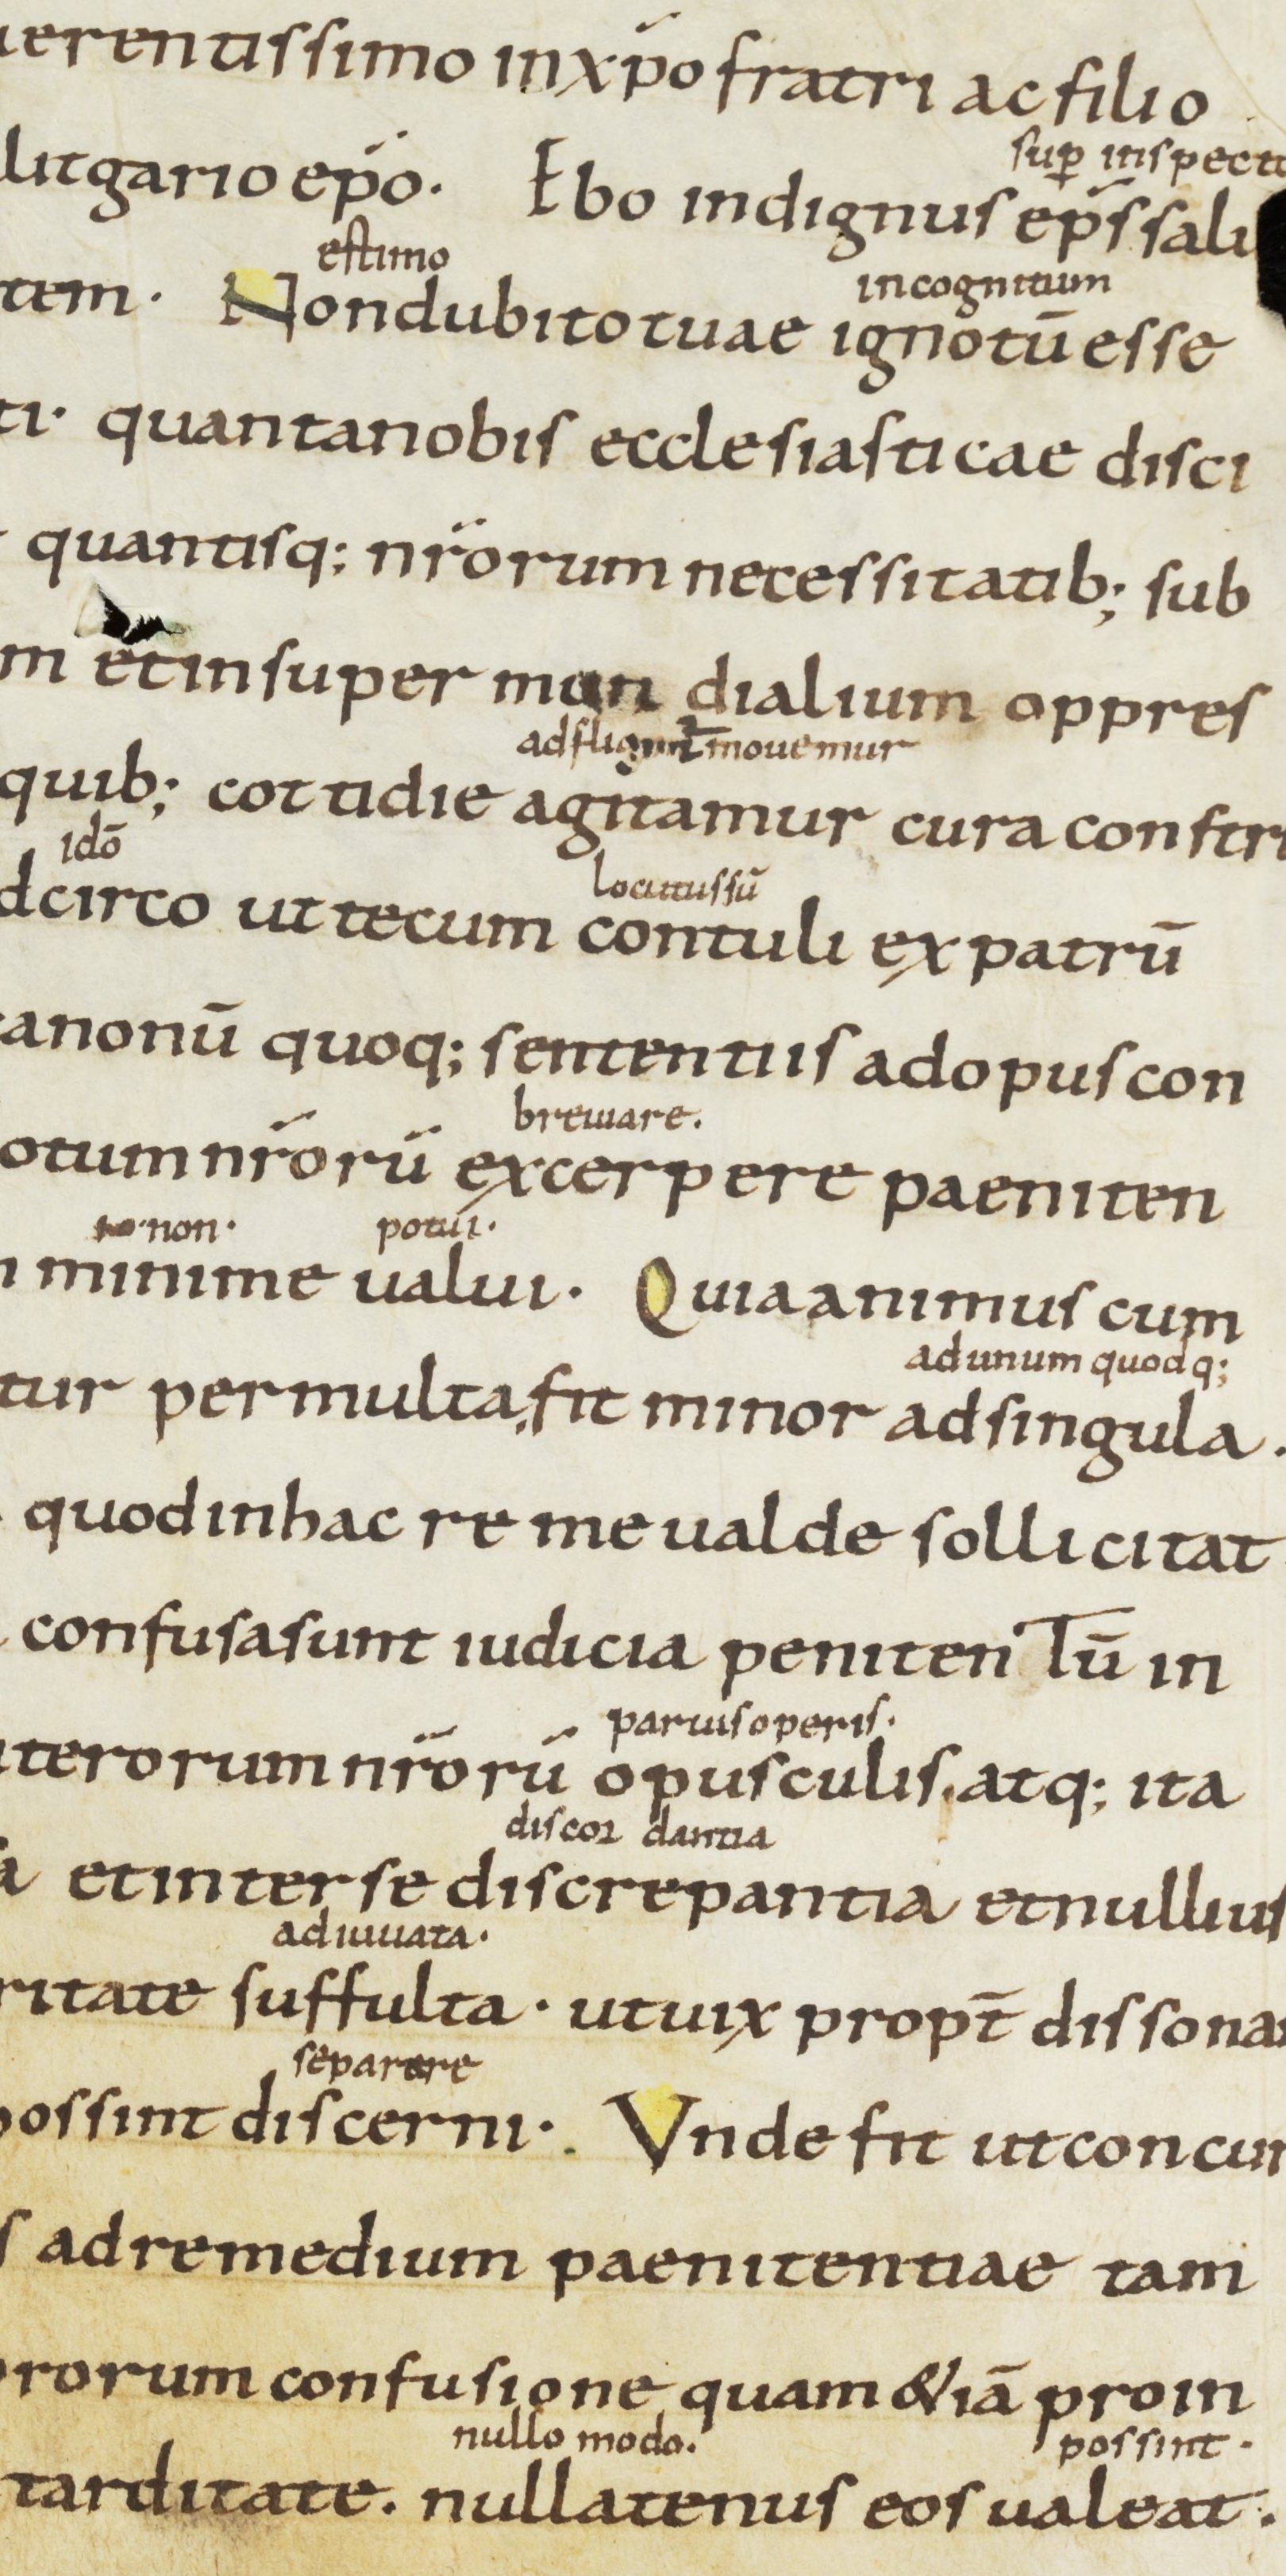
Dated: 900–999